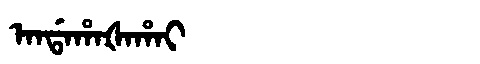
Manchu: ᠠᠨᡩᠠᡥᠠᡧᠠᡥᠠᡳ
Romanization: ANDAHAŠAHAI